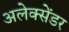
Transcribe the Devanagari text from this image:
अलेक्‍सेंडर